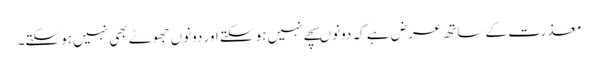
معذرت کے ساتھ عرض ہے کہ دونوںسچے نہیں ہو سکتے اور دونوں جھوٹے بھی نہیں ہو سکتے۔